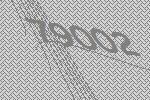
79002